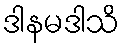
ဒါနမဒါသိ